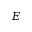
\boldsymbol { E }